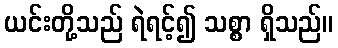
ယင်းတို့သည် ရဲရင့်၍ သစ္စာ ရှိသည်။